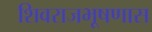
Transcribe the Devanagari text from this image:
शिवराजभूषणास